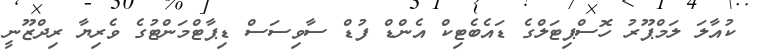
ކުއާލަ ލަމްޕޫރު ހޮސްޕިޓަލްގެ ޑައެބެޓިކް އެންޑް ފުޑް ސާވިސަސް ޑިޕާޓްމަންޓުގެ ވެރިޔާ ރިދްޒޫނީ